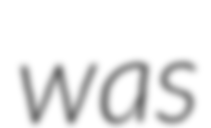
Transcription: was